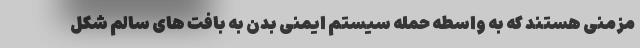
مزمنی هستند که به واسطه حمله سیستم ایمنی بدن به بافت های سالم شکل